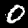
Digit: 0